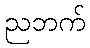
ညဘက်